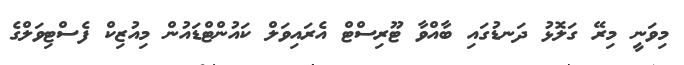
މިވަނީ މިރޭ ގަލޮޅު ދަނޑުގައި ބާއްވާ ޓޫރިސްޓް އެރައިވަލް ކައުންޓްޑައުން މިއުޒިކް ފެސްޓިވަލްގެ